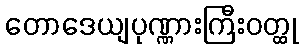
တောဒေယျပုဏ္ဏားကြီးဝတ္ထု